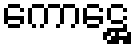
ကောဋ္ဌေ